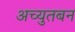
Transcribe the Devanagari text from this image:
अच्युतबन